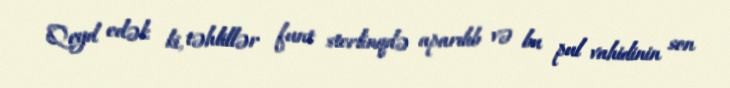
Qeyd edək ki, təhlillər funt sterlinqdə aparılıb və bu pul vahidinin son